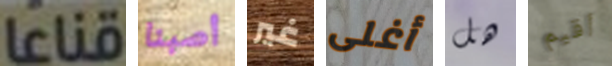
قناعا أصبنا غير أغلى هل أقيم